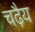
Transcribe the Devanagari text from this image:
चढ़ैय